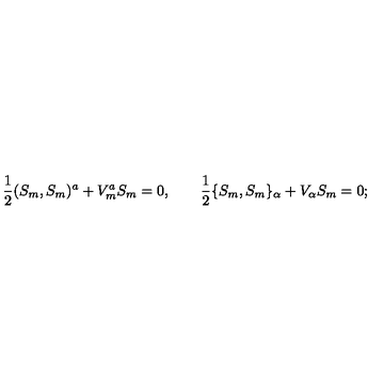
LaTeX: \mathrm { \frac { 1 } { 2 } } ( S _ { m } , S _ { m } ) ^ { a } + V _ { m } ^ { a } S _ { m } = 0 , \qquad \mathrm { \frac { 1 } { 2 } } \{ S _ { m } , S _ { m } \} _ { \alpha } + V _ { \alpha } S _ { m } = 0 ;